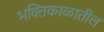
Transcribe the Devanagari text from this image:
भक्तिकाळातील